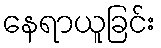
နေရာယူခြင်း